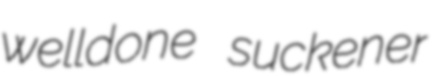
welldone suckener